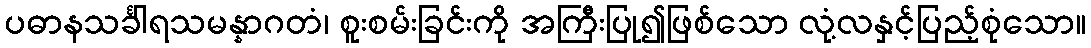
ပဓာနသင်္ခါရသမန္နာဂတံ၊ စူးစမ်းခြင်းကို အကြီးပြု၍ဖြစ်သော လုံ့လနှင့်ပြည့်စုံသော။